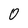
Character: 0